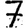
Digit: 7